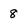
Character: 8